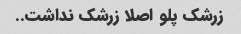
زرشک پلو اصلا زرشک نداشت..